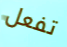
تفعل